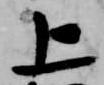
上